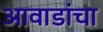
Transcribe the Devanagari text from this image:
आवाडांचा